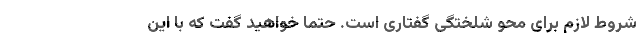
شروط لازم برای محو شلختگی گفتاری است. حتماً خواهید گفت که با این